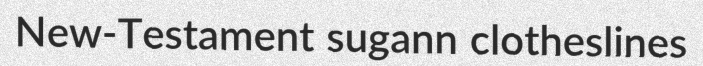
New-Testament sugann clotheslines